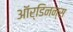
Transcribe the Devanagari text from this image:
ऑर्डिनन्स